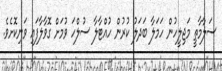
ސަލާމާތީ މަޖިލީހުން ހަމަލާ ބަދަލު ކުރުން ހުއްޓާލާ ސުލްހަ ވުމަށް ގޮވާލާފައި ވަނިކޮށެވެ.